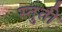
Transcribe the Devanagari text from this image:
स्‍तुती